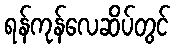
ရန်ကုန်လေဆိပ်တွင်